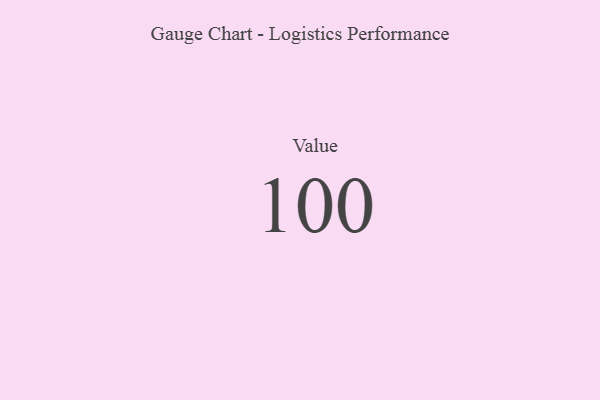
{"axis": {"x": "Metric", "y": "Value"}, "legend": [""], "data": [{"x": "Value", "y": 100, "type": ""}]}